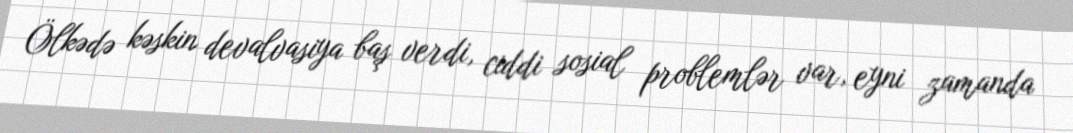
Ölkədə kəskin devalvasiya baş verdi, ciddi sosial problemlər var, eyni zamanda